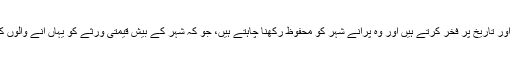
یہاں کے لوگ اپنی ثقافت اور تاریخ پر فخر کرتے ہیں اور وہ پرانے شہر کو محفوظ رکھنا چاہتے ہیں، جو کہ شہر کے بیش قیمتی ورثے کو یہاں آنے والوں کے سامنے پیش کرتا ہے۔